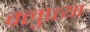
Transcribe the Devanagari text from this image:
क्लुप्त्या